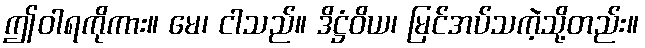
ဤဝါရကိုကား။ မေ၊ ငါသည်။ ဒိဋ္ဌံဝိယ၊ မြင်အပ်သကဲ့သို့တည်း။